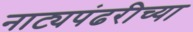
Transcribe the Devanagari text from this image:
नाट्यपंढरीच्या